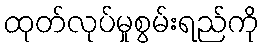
ထုတ်လုပ်မှုစွမ်းရည်ကို